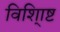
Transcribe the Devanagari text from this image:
विशि्ाष्ट